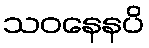
သဝနေနပိ